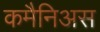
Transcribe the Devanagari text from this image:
कमैनिअस